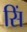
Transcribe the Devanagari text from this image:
सिं